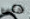
حتى